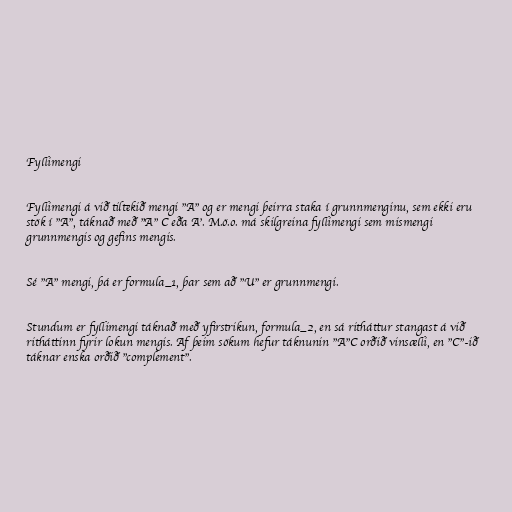
Fyllimengi

Fyllimengi á við tiltekið mengi "A" og er mengi þeirra staka í grunnmenginu, sem ekki eru
stök í "A", táknað með "A" C eða A'. M.ö.o. má skilgreina fyllimengi sem mismengi
grunnmengis og gefins mengis.

Sé "A" mengi, þá er formula_1, þar sem að "U" er grunnmengi.

Stundum er fyllimengi táknað með yfirstrikun, formula_2, en sá ritháttur stangast á við
ritháttinn fyrir lokun mengis. Af þeim sökum hefur táknunin "A"C orðið vinsælli, en "C"-ið
táknar enska orðið "complement".